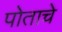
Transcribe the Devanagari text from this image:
पोताचे